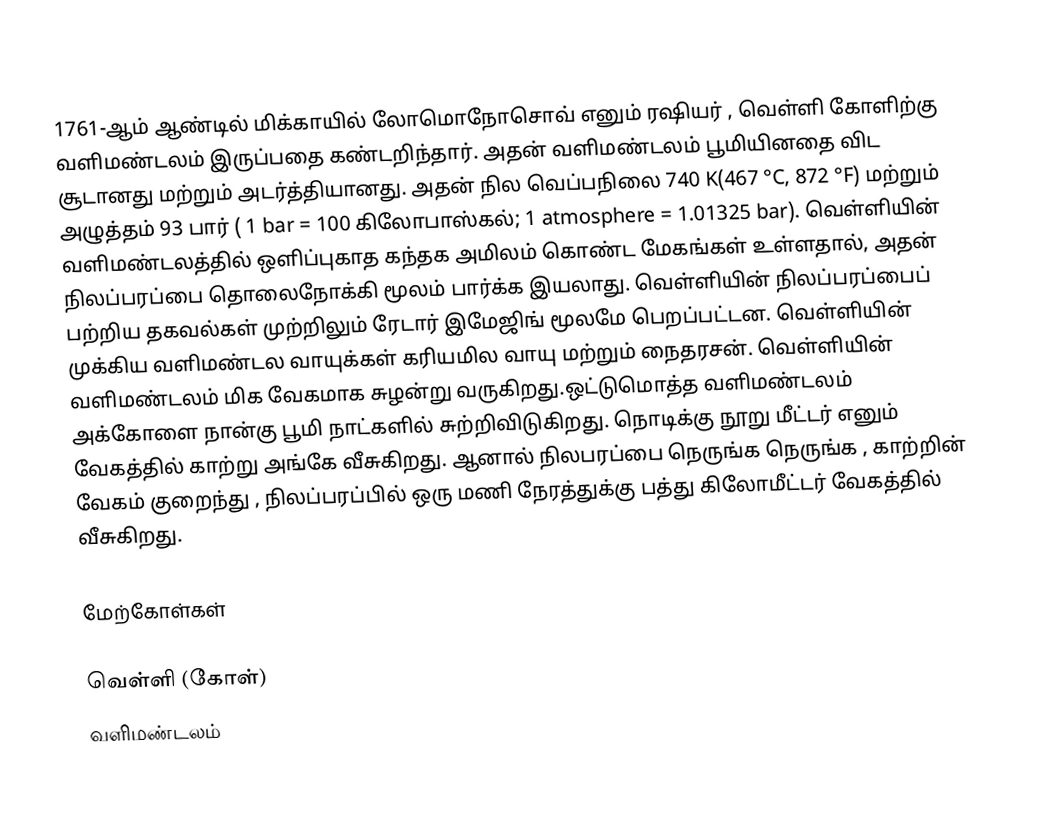
1761-ஆம் ஆண்டில் மிக்காயில் லோமொநோசொவ் எனும் ரஷியர் , வெள்ளி கோளிற்கு வளிமண்டலம் இருப்பதை கண்டறிந்தார். அதன் வளிமண்டலம் பூமியினதை விட சூடானது மற்றும் அடர்த்தியானது. அதன் நில வெப்பநிலை 740 K(467 °C, 872 °F) மற்றும் அழுத்தம் 93 பார் ( 1 bar = 100 கிலோபாஸ்கல்; 1 atmosphere = 1.01325 bar). வெள்ளியின் வளிமண்டலத்தில் ஒளிப்புகாத கந்தக அமிலம் கொண்ட மேகங்கள் உள்ளதால், அதன் நிலப்பரப்பை தொலைநோக்கி மூலம் பார்க்க இயலாது. வெள்ளியின் நிலப்பரப்பைப் பற்றிய தகவல்கள் முற்றிலும் ரேடார் இமேஜிங் மூலமே பெறப்பட்டன. வெள்ளியின் முக்கிய வளிமண்டல வாயுக்கள் கரியமில வாயு மற்றும் நைதரசன். வெள்ளியின் வளிமண்டலம் மிக வேகமாக சுழன்று வருகிறது.ஒட்டுமொத்த வளிமண்டலம் அக்கோளை நான்கு பூமி நாட்களில் சுற்றிவிடுகிறது. நொடிக்கு நூறு மீட்டர் எனும் வேகத்தில் காற்று அங்கே வீசுகிறது. ஆனால் நிலபரப்பை நெருங்க நெருங்க , காற்றின் வேகம் குறைந்து , நிலப்பரப்பில் ஒரு மணி நேரத்துக்கு பத்து கிலோமீட்டர் வேகத்தில் வீசுகிறது.

மேற்கோள்கள்

வெள்ளி (கோள்)
வளிமண்டலம்